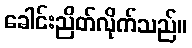
ခေါင်းညိတ်လိုက်သည်။